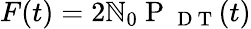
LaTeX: F(t)=2{{\mathbb{N}}_{0}}\mathrm{{~P~}}_{\mathrm{{~D~T~}}}(t)